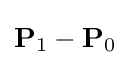
\mathbf {P} _{1}-\mathbf {P} _{0}